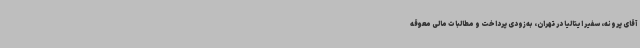
آقای پرونه، سفیر ایتالیا در تهران، به‌زودی پرداخت و مطالبات مالی معوقه